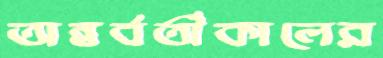
অন্তর্বর্তীকালের